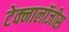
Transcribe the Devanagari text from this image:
टेक्नालॉजीस